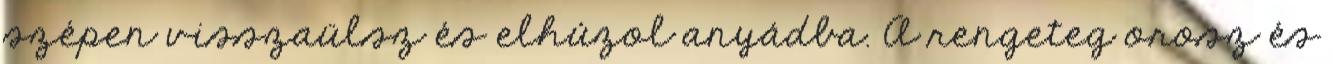
szépen visszaülsz és elhúzol anyádba. A rengeteg orosz és